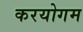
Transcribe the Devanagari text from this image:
करयोगम